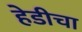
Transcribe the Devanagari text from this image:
हेडीचा